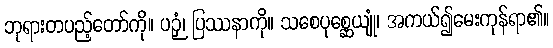
ဘုရားတပည့်တော်ကို။ ပဉှံ၊ ပြဿနာကို။ သစေပုစ္ဆေယျုံ၊ အကယ်၍မေးကုန်ရာ၏။